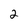
Character: 2